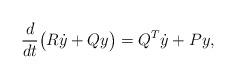
LaTeX: \begin{align*} \frac{d}{dt}\big(R\dot{y} + Qy\big) = Q^T \dot{y} + Py, \end{align*}